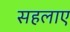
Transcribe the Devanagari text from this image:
सहलाए